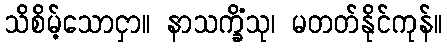
သိစိမ့်သောငှာ။ နာသက္ခိံသု၊ မတတ်နိုင်ကုန်။